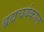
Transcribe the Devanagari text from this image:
ब्रह्मचर्यकाल